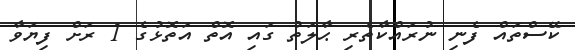
ކޭސްތައް ފެނި ނުރައްކާތެރި ޙާލަތު ގައި އޮތް އަތޮޅުގެ 1 ރަށް ފިޔަވާ